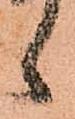
候